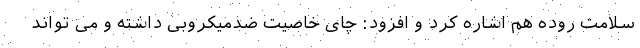
سلامت روده هم اشاره کرد و افزود: چای خاصیت ضدمیکروبی داشته و می تواند